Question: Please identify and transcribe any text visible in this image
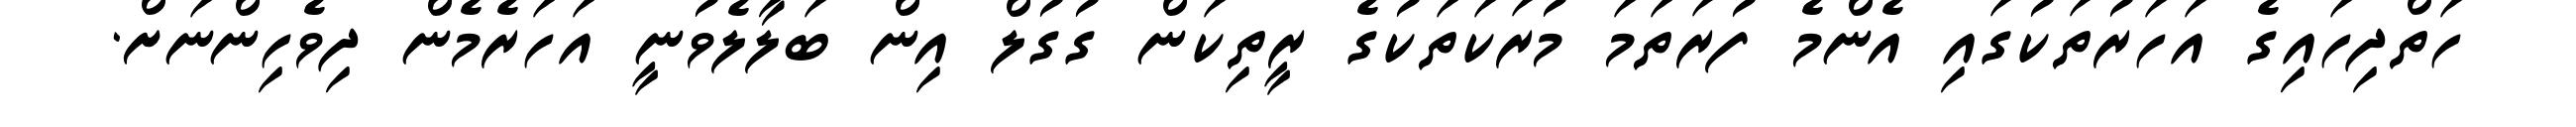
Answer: ހަތްދިހައިގެ އަހަރުތަކުގައި އެންމެ ފުރަތަމަ މުރަކަތަކުގެ ރީތިކަން ގުގުލް އިން ބަލާލެވުނީ އަހަރެމެން ދިވެހިންނަށް.